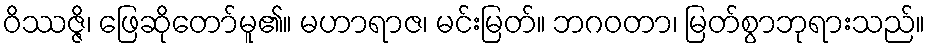
ဝိဿဇ္ဇိ၊ ဖြေဆိုတော်မူ၏။ မဟာရာဇ၊ မင်းမြတ်။ ဘဂဝတာ၊ မြတ်စွာဘုရားသည်။